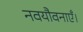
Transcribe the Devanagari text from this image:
नवयौवनाएँ।